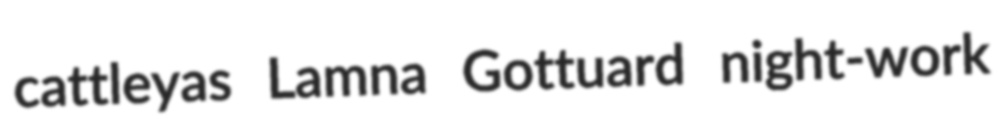
cattleyas Lamna Gottuard night-work